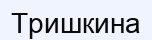
Тришкина